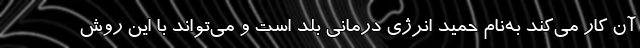
آن کار می‌کند به‌نام حمید انرژی درمانی بلد است و می‌تواند با این روش